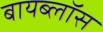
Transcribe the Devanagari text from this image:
बायब्लॉस